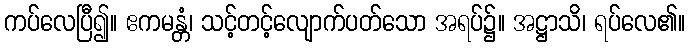
ကပ်လေပြီ၍။ ဧကမန္တံ၊ သင့်တင့်လျောက်ပတ်သော အရပ်၌။ အဋ္ဌာသိ၊ ရပ်လေ၏။